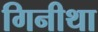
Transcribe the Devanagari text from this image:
गिनीथा